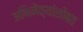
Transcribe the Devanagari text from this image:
अभिनेत्यांसोबत